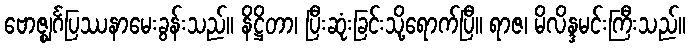
ဗောဇ္ဈင်္ဂပြဿနာမေးခွန်းသည်။ နိဋ္ဌိတာ၊ ပြီးဆုံးခြင်းသို့ရောက်ပြီ။ ရာဇ၊ မိလိန္ဒမင်းကြီးသည်။